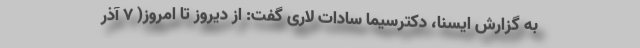
به گزارش ایسنا، دکترسیما سادات لاری گفت: از دیروز تا امروز( ۷ آذر